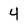
Character: 4